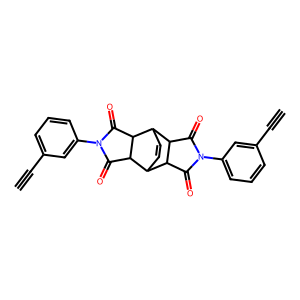
SMILES: C#Cc1cccc(N2C(=O)C3C4C=CC(C3C2=O)C2C(=O)N(c3cccc(C#C)c3)C(=O)C42)c1
Inhibits HIV replication: No